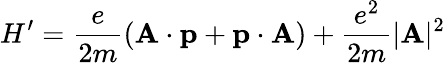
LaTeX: H^{\prime}={\frac{e}{2m}}(\mathbf{A}\cdot\mathbf{p}+\mathbf{p}\cdot\mathbf{A})+{\frac{e^{2}}{2m}}|\mathbf{A}|^{2}